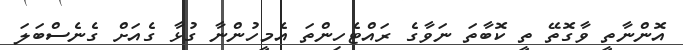
އޮންނާތީ ވާގޮތޭ ތީ ކޮބާތަ ނަވާގެ ރައްޓެހިންތަ އެމީހުންނާ ގުޅާ ގެއަށް ގެެނެސްބަލަ